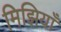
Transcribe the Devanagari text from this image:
मिझियाँ